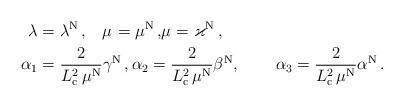
LaTeX: \begin{align*}\lambda_{} &=\lambda^{\rm N} \, ,\ \,\,\,\mu_{} =\mu^{\rm N}\, ,\!\mu_{} =\varkappa^{\rm N}\, ,\\\alpha_1 &=\frac{ 2}{L_{\rm c}^2 \, \mu^{\rm N}} \gamma^{\rm N}\, ,\alpha_2=\frac{ 2}{L_{\rm c}^2 \, \mu^{\rm N}} \beta^{\rm N} ,\qquad\, \alpha_3 =\frac{ 2}{L_{\rm c}^2 \, \mu^{\rm N}} \alpha^{\rm N} \, .\end{align*}